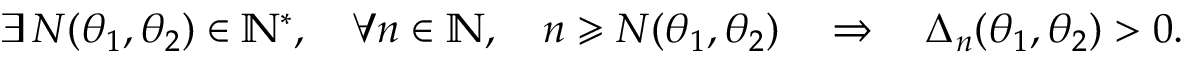
\exists \, N ( \theta _ { 1 } , \theta _ { 2 } ) \in \mathbb { N } ^ { * } , \quad \forall n \in \mathbb { N } , \quad n \geqslant N ( \theta _ { 1 } , \theta _ { 2 } ) \quad \Rightarrow \quad \Delta _ { n } ( \theta _ { 1 } , \theta _ { 2 } ) > 0 .